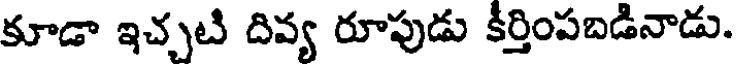
కూడా ఇచ్చటి దివ్య రూపుడు కీర్తింపబడినాడు.